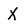
Character: X